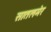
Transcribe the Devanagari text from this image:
सातलमेर